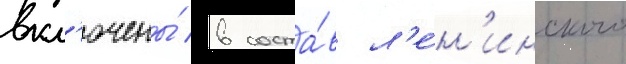
вкл'ючены́ в соста́в л'е́н'инского